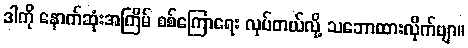
ဒါကို နောက်ဆုံးအကြိမ် စစ်ကြောရေး လုပ်တယ်လို့ သဘောထားလိုက်ဗျာ။